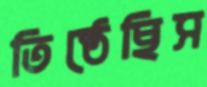
তিষ্ঠেছিস